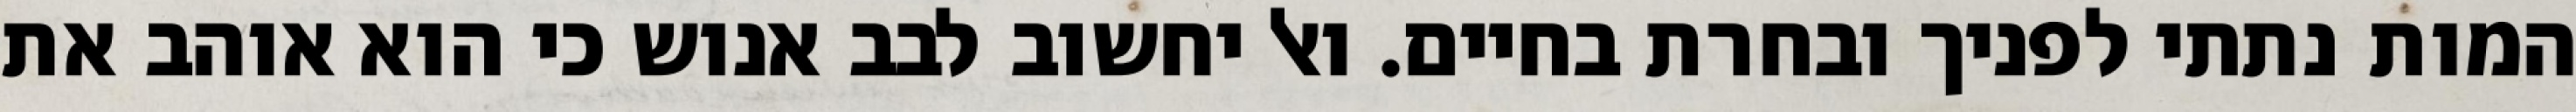
המות נתתי לפניך ובחרת בחיים. ואל יחשוב לבב אנוש כי הוא אוהב את